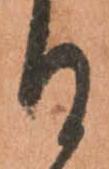
る